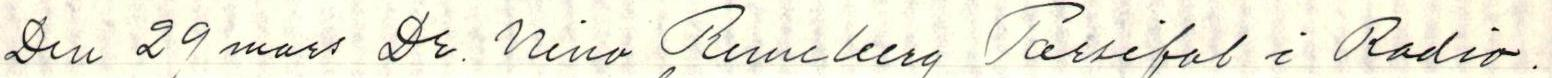
Den 29 mars Dr. Nina Runeberg Parsifal i Radio.